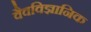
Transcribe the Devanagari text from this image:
वैवविज्ञानिक